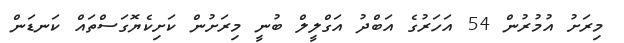
މިރަށު އުމުރުން 54 އަހަރުގެ އަބްދު އަގްލީލް ބުނީ މިރަށުން ކަށިކެޔޮގަސްތައް ކަނޑަން